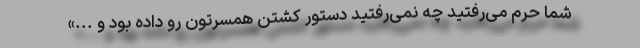
شما حرم می‌رفتید چه نمی‌رفتید دستور کشتن همسرتون رو داده بود و ...»